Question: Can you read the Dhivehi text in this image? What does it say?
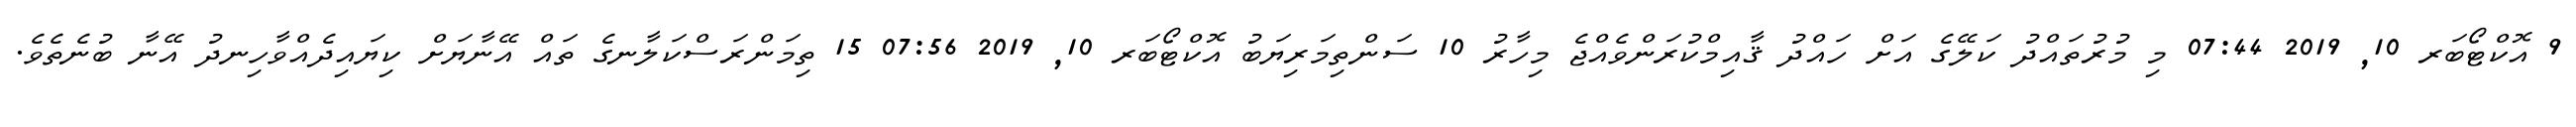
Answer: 9 އޮކްޓޯބަރ 10, 2019 07:44 މި މުރުތައްދު ކަލޭގެ އަށް ހައްދު ޤާއިމްކުރަންވެއްޖެ މިހާރު 10 ސަންތިމަރިޔަބު އޮކްޓޯބަރ 10, 2019 07:56 15 ތިމަންރަސްކަލާނގެ ތައް އޭނާޔަށް ކިޔައިދެއްވާހިނދު އޭނާ ބުނެތެވެ.